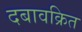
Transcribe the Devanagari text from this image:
दबावक्रित